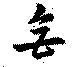
無